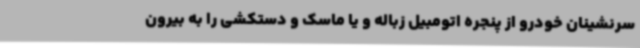
سرنشینان خودرو از پنجره اتومبیل زباله و یا ماسک و دستکشی را به بیرون